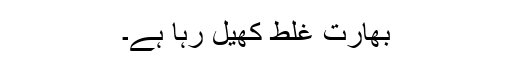
بھارت غلط کھیل رہا ہے۔